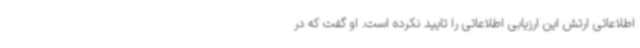
اطلاعاتی ارتش این ارزیابی اطلاعاتی را تایید نکرده است. او گفت که در